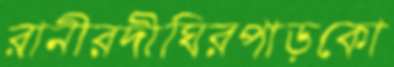
রানীরদীঘিরপাড়কো